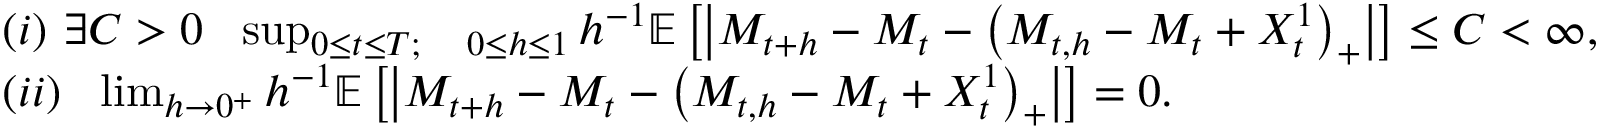
\begin{array} { r l } & { ( i ) ~ { \exists C > 0 } ~ ~ \operatorname* { s u p } _ { 0 \leq t \leq T ; ~ ~ ~ 0 \leq h \leq 1 } h ^ { - 1 } \mathbb { E } \left[ \left| M _ { t + h } - M _ { t } - \left( M _ { t , h } - M _ { t } + X _ { t } ^ { 1 } \right) _ { + } \right| \right] \leq C < \infty , } \\ & { ( i i ) ~ ~ \operatorname* { l i m } _ { h \rightarrow 0 ^ { + } } h ^ { - 1 } \mathbb { E } \left[ \left| M _ { t + h } - M _ { t } - \left( M _ { t , h } - M _ { t } + X _ { t } ^ { 1 } \right) _ { + } \right| \right] = 0 . } \end{array}